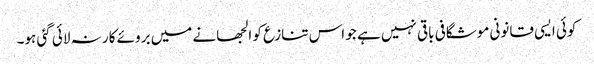
کوئی ایسی قانونی موشگافی باقی نہیں ہے جو اس تنازع کو الجھانے میں بروئے کار نہ لائی گئی ہو۔